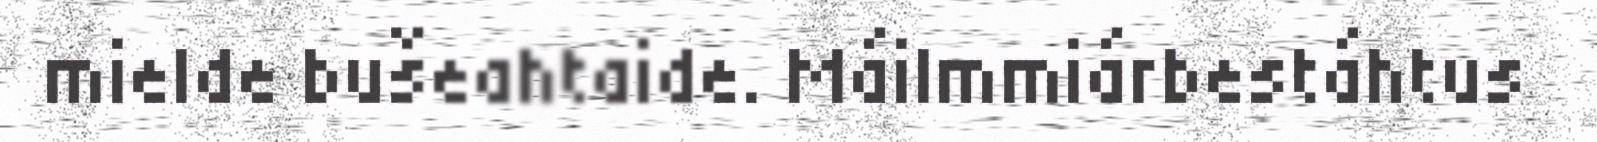
mielde bušeahtaide. Máilmmiárbestáhtus